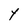
Character: Y